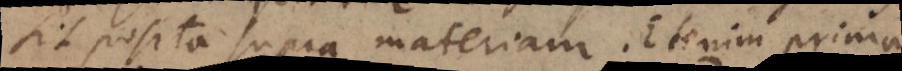
sit posita supra materiam. Etenim prima